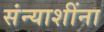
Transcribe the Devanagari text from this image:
संन्याशींना